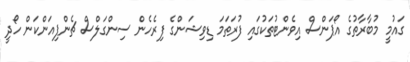
ގައުމީ މުބާރާތުގެ އޯޕަންސް އިވެންޓުތަކުގައި ފުރަތަމަ ޑިވިޝަންގެ ފިރެހެން ސިންގަލްސް ޗެންޕިއަންކަން ހޯދީ